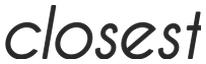
closest